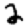
Digit: 2